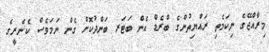
މިރާއްޖޭގެ ނިކަމެތި ރައްޔިތުންގެ ބްރެޑް އެން ބަޓަރ ބަންދުކޮށް ގެން ނަމަވެސް ކެނެރީގެ